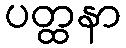
ပတ္ထနာ